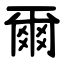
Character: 爾